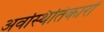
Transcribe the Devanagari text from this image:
अवस्थितिकारों